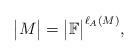
LaTeX: \begin{align*}\big|M\big|=\big|\mathbb{F}\big|^{\ell_A(M)},\end{align*}